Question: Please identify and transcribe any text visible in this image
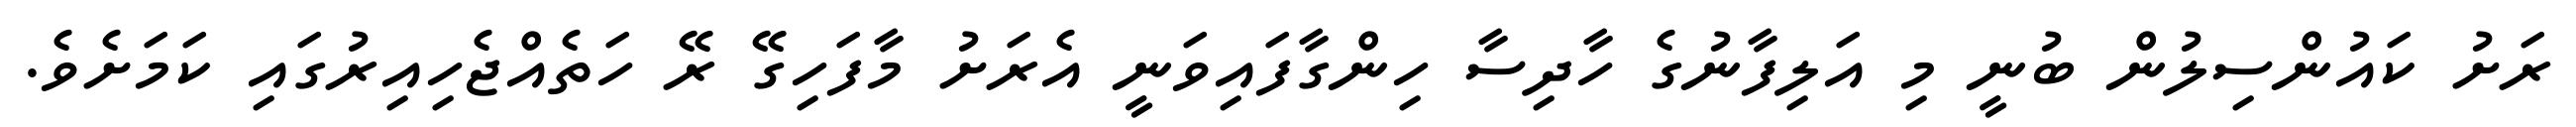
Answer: ރަށު ކައުންސިލުން ބުނީ މި އަލިފާނުގެ ހާދިސާ ހިންގާފައިވަނީ އެރަށު މާފަހިގޭ ރޭ ހަތެއްޖެހިއިރުގައި ކަމަށެވެ.